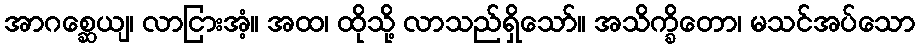
အာဂစ္ဆေယျ၊ လာငြားအံ့။ အထ၊ ထိုသို့ လာသည်ရှိသော်။ အသိက္ခိတော၊ မသင်အပ်သော